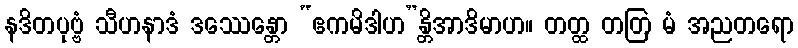
နဒိတပုဗ္ဗံ သီဟနာဒံ ဒဿေန္တော “ဧကမိဒါဟ”န္တိအာဒိမာဟ။ တတ္ထ တတြ မံ အညတရော